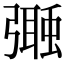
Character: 𢐩